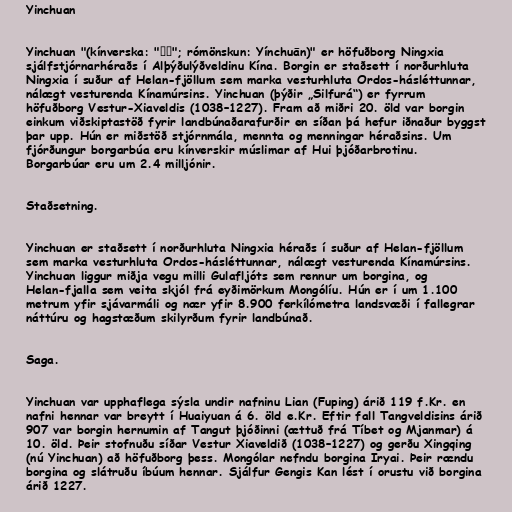
Yinchuan

Yinchuan "(kínverska: "银川"; rómönskun: Yínchuān)" er höfuðborg Ningxia
sjálfstjórnarhéraðs í Alþýðulýðveldinu Kína. Borgin er staðsett í norðurhluta
Ningxia í suður af Helan-fjöllum sem marka vesturhluta Ordos-hásléttunnar,
nálægt vesturenda Kínamúrsins. Yinchuan (þýðir „Silfurá“) er fyrrum
höfuðborg Vestur-Xiaveldis (1038–1227). Fram að miðri 20. öld var borgin
einkum viðskiptastöð fyrir landbúnaðarafurðir en síðan þá hefur iðnaður byggst
þar upp. Hún er miðstöð stjórnmála, mennta og menningar héraðsins. Um
fjórðungur borgarbúa eru kínverskir múslimar af Hui þjóðarbrotinu.
Borgarbúar eru um 2.4 milljónir.

Staðsetning.

Yinchuan er staðsett í norðurhluta Ningxia héraðs í suður af Helan-fjöllum
sem marka vesturhluta Ordos-hásléttunnar, nálægt vesturenda Kínamúrsins.
Yinchuan liggur miðja vegu milli Gulafljóts sem rennur um borgina, og
Helan-fjalla sem veita skjól frá eyðimörkum Mongólíu. Hún er í um 1.100
metrum yfir sjávarmáli og nær yfir 8.900 ferkílómetra landsvæði í fallegrar
náttúru og hagstæðum skilyrðum fyrir landbúnað.

Saga.

Yinchuan var upphaflega sýsla undir nafninu Lian (Fuping) árið 119 f.Kr. en
nafni hennar var breytt í Huaiyuan á 6. öld e.Kr. Eftir fall Tangveldisins árið
907 var borgin hernumin af Tangut þjóðinni (ættuð frá Tíbet og Mjanmar) á
10. öld. Þeir stofnuðu síðar Vestur Xiaveldið (1038–1227) og gerðu Xingqing
(nú Yinchuan) að höfuðborg þess. Mongólar nefndu borgina Iryai. Þeir rændu
borgina og slátruðu íbúum hennar. Sjálfur Gengis Kan lést í orustu við borgina
árið 1227.